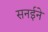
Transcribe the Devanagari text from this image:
सनईने